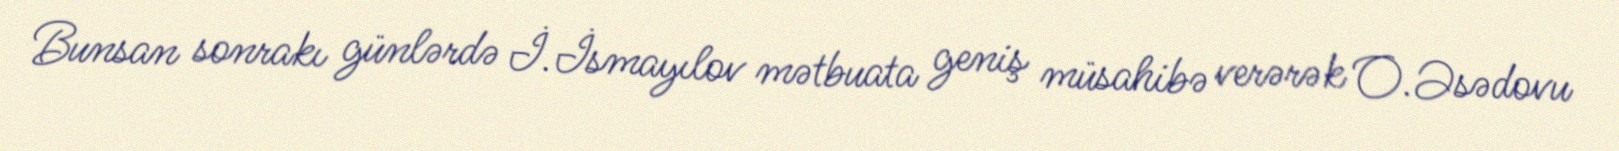
Bunsan sonrakı günlərdə İ.İsmayılov mətbuata geniş müsahibə verərək O.Əsədovu